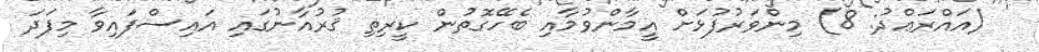
' (އައްރަޢްދު: 8) މިންވަރުފުޅަށް އީމާންވުމާއި ބެހޭގޮތުން ކީރިތި ޤުރުއާނުގައި އައިސްފައިވާ މިފަދަ